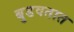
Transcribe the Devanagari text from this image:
बुडवतात